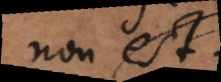
non est.